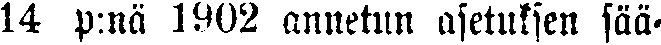
14 p:nä 1902 annetun asetuksen sää-